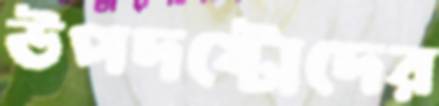
উপদষ্টোদের